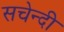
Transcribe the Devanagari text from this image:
सचेन्दी